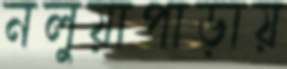
নলুয়াপাড়ায়